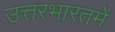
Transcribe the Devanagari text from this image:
उत्तरभारतमें